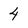
Character: 4